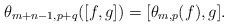
LaTeX: \begin{align*} \theta_{m+n-1,p+q}([f, g])=[\theta_{m,p}(f),g].\end{align*}